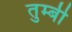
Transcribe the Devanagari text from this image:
तुम्बी